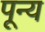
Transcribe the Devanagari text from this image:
पून्य